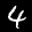
Digit: 4